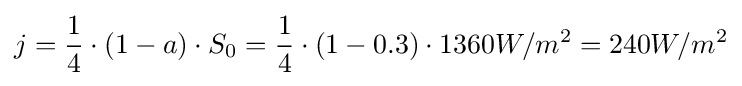
j={\frac {1}{4}}\cdot (1-a)\cdot S_{0}={\frac {1}{4}}\cdot (1-0.3)\cdot 1360W/m^{2}=240W/m^{2}